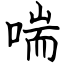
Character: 喘